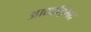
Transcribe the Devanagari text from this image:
आद्याद्भिद